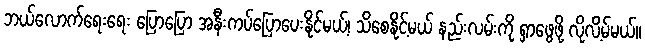
ဘယ်လောက်ရေးရေး ပြောပြော အနီးကပ်ပြောပေးနိုင်မယ့်၊ သိစေနိုင့်မယ် နည်းလမ်းကို ရှာဖွေဖို့ လိုလိ့မ်မယ်။